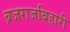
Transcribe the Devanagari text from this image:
ब्रजराजबिहारी